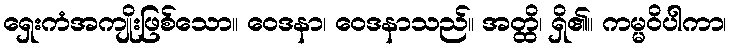
ရှေးကံအကျိုးဖြစ်သော။ ဝေဒနာ၊ ဝေဒနာသည်။ အတ္ထိ၊ ရှိ၏။ ကမ္မဝိပါကာ၊